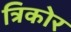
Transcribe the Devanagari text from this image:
त्रिकोर